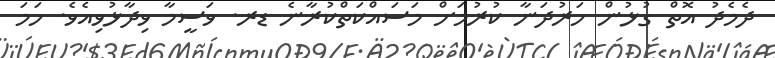
ދެމެދު އޮތް ގުޅުން ހަރުދަނާ ކުރުމަށް މަސައްކަތްކުރާނެ ޑރ. ވަސީމާ ވިދާޅުވިއެވެ. ހަމަ